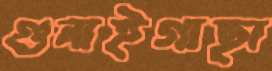
গুনাইগাছা